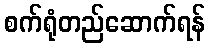
စက်ရုံတည်ဆောက်ရန်